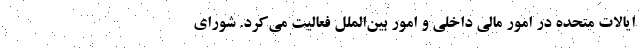
ایالات متحده در امور مالی داخلی و امور بین‌الملل فعالیت می‌کرد. شورای